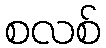
စလစ်